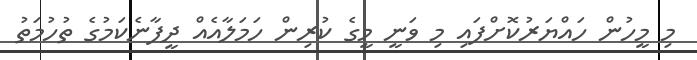
މި މީހުން ހައްޔަރުކޮށްފައި މި ވަނީ މީގެ ކުރިން ހަމަލާއެއް ދީފާނެކަމުގެ ތުހުމަތު